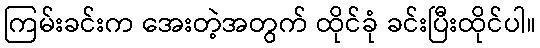
ကြမ်းခင်းက အေးတဲ့အတွက် ထိုင်ခုံ ခင်းပြီးထိုင်ပါ။